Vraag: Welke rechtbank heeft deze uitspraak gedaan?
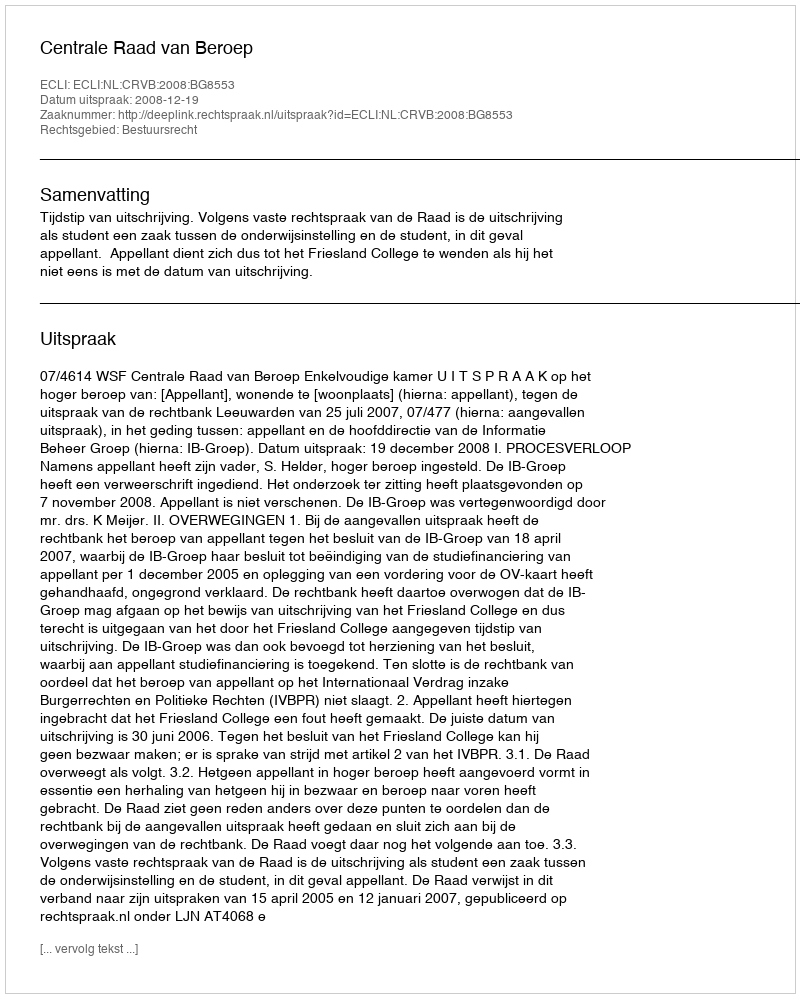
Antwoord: Centrale Raad van Beroep